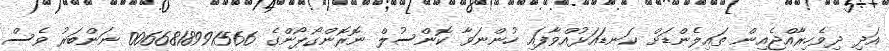
އަދި ދިވެހިރާއްޖެއިން ތައިލެންޑަށް ކަނޑައަޅުއްވާފައި ހުންނަވާ ކޮންސުލް ނޮރޮންގޯޕޯންގެ 0066818991566 ނަންބަރު ވެސް